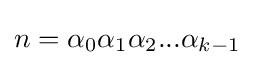
n=\alpha _{0}\alpha _{1}\alpha _{2}...\alpha _{k-1}